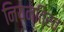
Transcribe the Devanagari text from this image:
नियन्ति्रत